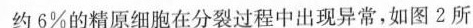
约 6 % 的精原细胞在分裂过程中出现异常，如图2所